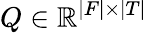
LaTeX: Q\in\mathbb{R}^{|F|\times|T|}